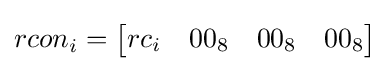
rcon_{i}={\begin{bmatrix}rc_{i}&00_{8}&00_{8}&00_{8}\end{bmatrix}}